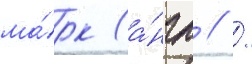
ма́рк (а́нгл // /